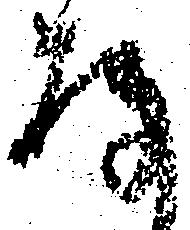
存